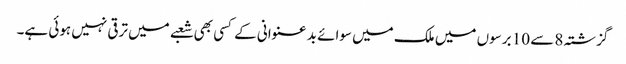
گزشتہ 8 سے 10 برسوں میں ملک میں سوائے بد عنوانی کے کسی بھی شعبے میں ترقی نہیں ہوئی ہے۔